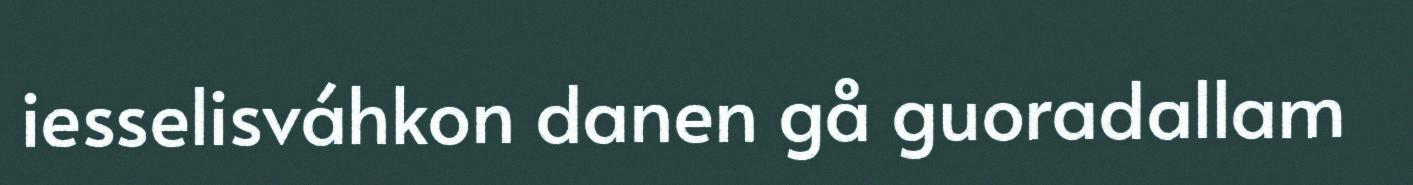
iesselisváhkon danen gå guoradallam